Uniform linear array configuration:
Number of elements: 12
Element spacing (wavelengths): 0.75
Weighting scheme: blackman
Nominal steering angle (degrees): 45
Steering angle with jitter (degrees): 45.075
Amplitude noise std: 0.05
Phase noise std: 0.05

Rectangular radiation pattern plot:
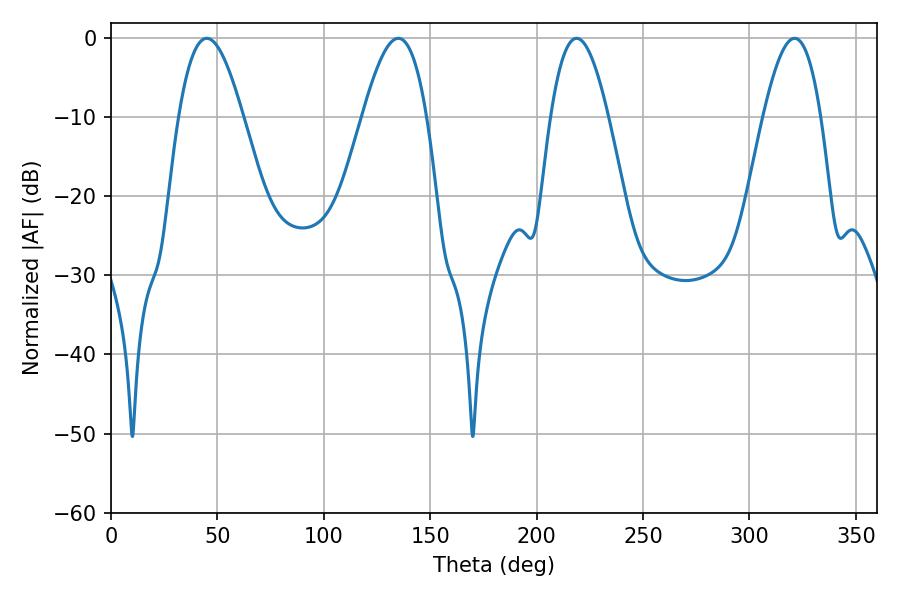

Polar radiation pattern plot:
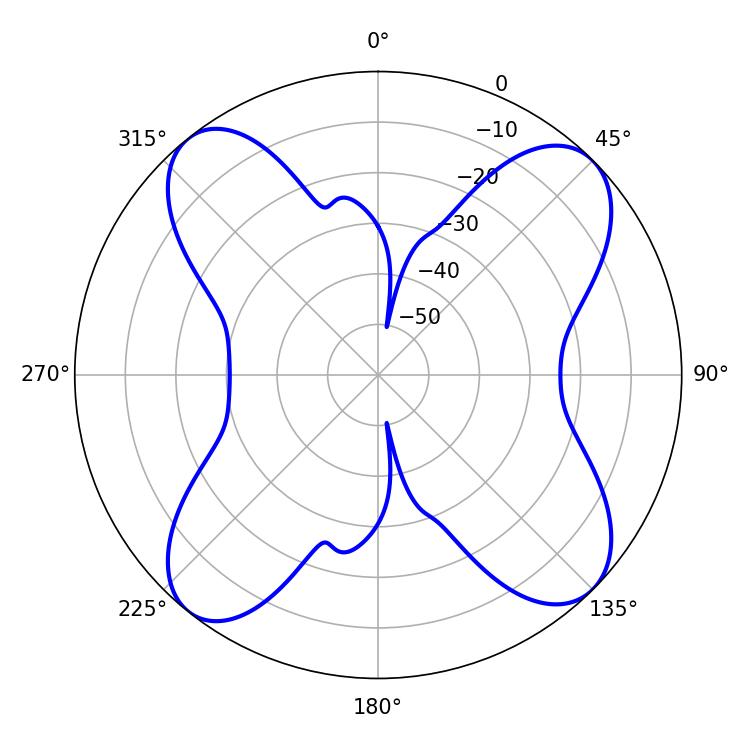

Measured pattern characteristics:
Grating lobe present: TRUE
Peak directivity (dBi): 13.252
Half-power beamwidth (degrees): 16.38
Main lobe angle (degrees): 45